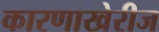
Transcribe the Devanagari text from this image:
कारणाखेरीज